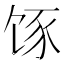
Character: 𮸿